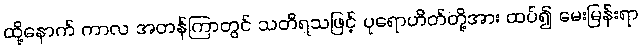
ထို့နောက် ကာလ အတန်ကြာတွင် သတိရသဖြင့် ပုရောဟိတ်တို့အား ထပ်၍ မေးမြန်းရာ